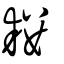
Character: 耧